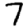
Digit: 7